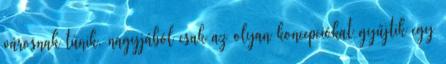
városnak tűnik, nagyjából csak az olyan koncepciókat gyűjtik egy